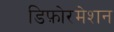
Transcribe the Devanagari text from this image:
डिफ़ोरमेशन